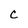
Character: C